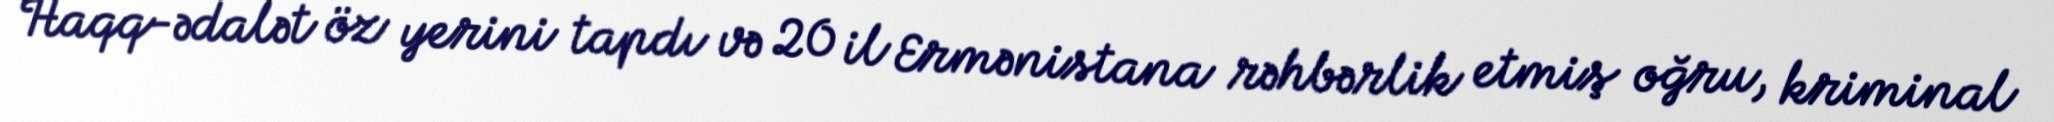
Haqq-ədalət öz yerini tapdı və 20 il Ermənistana rəhbərlik etmiş oğru, kriminal